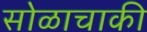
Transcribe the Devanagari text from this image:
सोळाचाकी